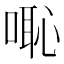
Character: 𠺨